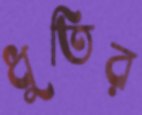
ধুতির